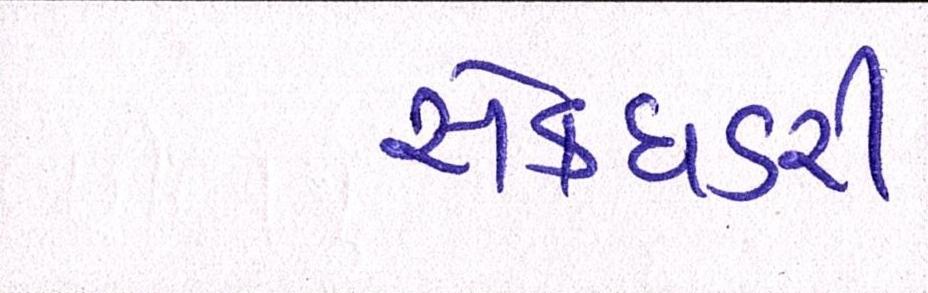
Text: સેક્ધડરી